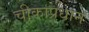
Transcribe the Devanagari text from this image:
चीकाप्रधान